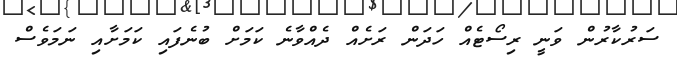
ސަރުކާރުން ވަނީ ރިސޯޓެއް ހަދަން ރަށެއް ދެއްވާނެ ކަމަށް ބުނެފައި ކަމަށާއި ނަމަވެސް